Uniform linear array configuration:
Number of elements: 24
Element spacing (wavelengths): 0.75
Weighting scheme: exponential
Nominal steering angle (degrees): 60
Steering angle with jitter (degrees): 58.415
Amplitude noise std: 0.05
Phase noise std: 0.05

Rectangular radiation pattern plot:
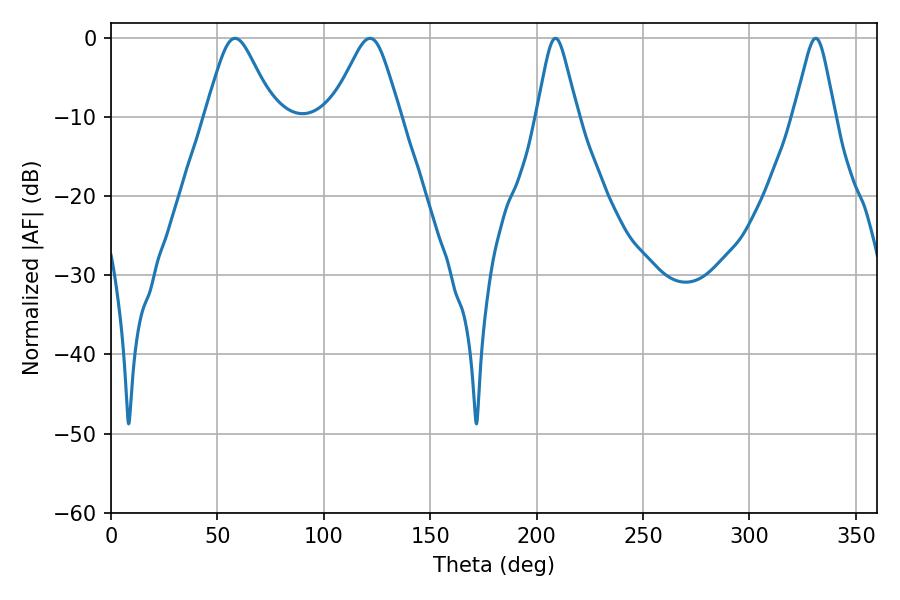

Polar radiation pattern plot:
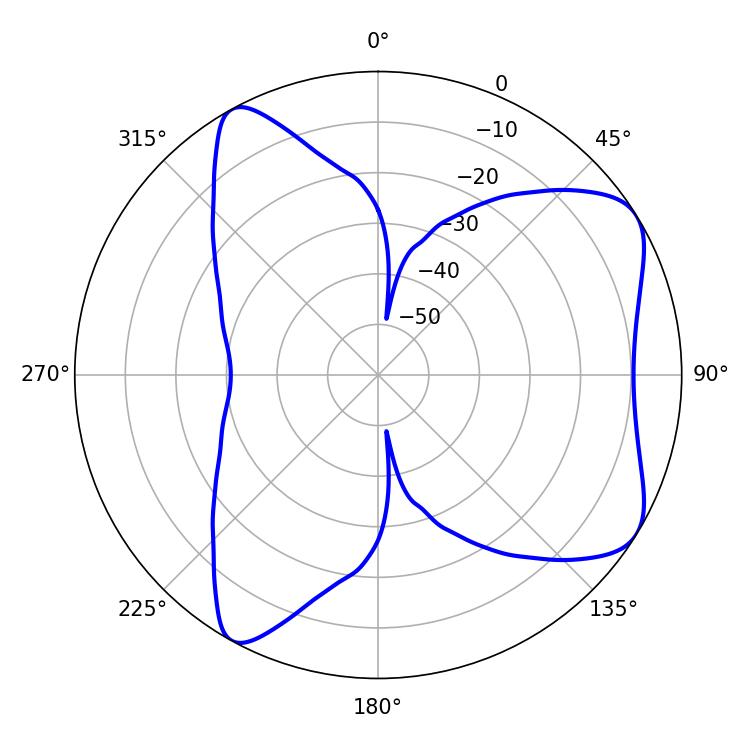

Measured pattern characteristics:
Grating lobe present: TRUE
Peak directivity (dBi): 6.99
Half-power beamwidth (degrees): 15.48
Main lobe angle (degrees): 58.32